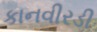
કાનવીરડી